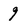
Character: 9